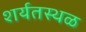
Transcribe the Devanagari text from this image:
शर्यतस्थळ